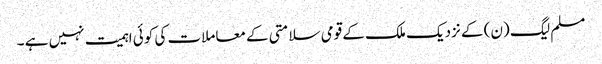
مسلم لیگ (ن) کے نزدیک ملک کے قومی سلامتی کے معاملات کی کوئی اہمیت نہیں ہے ۔